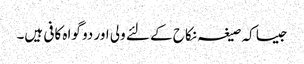
جیسا کہ صیغہ نکاح کے لئے ولی اور دو گواہ کافی ہیں۔